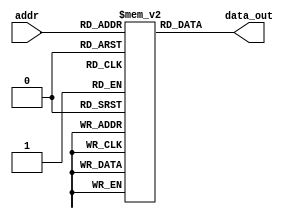

`timescale 1ns/1ns

module InstMem (
input [5:0] addr, 
output [31:0] data_out
    );
    reg [31:0] mem [0:63];
    assign data_out = mem[addr];
    
 initial begin
 
     mem[0]=32'b0000000_00000_00000_000_00000_0110011 ; //add x0, x0, x0
     //added to be skipped since PC starts with 4 after reset
     mem[1]=32'b000000000000_00000_010_00001_0000011 ; //lw x1, 0(x0)
     mem[2]=32'b000000000100_00000_010_00010_0000011 ; //lw x2, 4(x0)
     mem[3]=32'b000000001000_00000_010_00011_0000011 ; //lw x3, 8(x0)
     // mem[4]=32'b0000000_00010_00001_110_00100_0110011 ; //or x4, x1, x2
     mem[4]=32'b000000001001_00001_110_00100_0010011 ; //ori x4, x1, 9
     // mem[5]=32'b0_000000_00011_00100_000_0100_0_1100011; //beq x4, x3, 4
     // mem[5]=32'b0_000000_00010_00001_001_0100_0_1100011; //bne x1, x2, 4
     // mem[5]=32'b0_000000_00001_00010_100_0100_0_1100011; //blt x2, x1, 4
     // mem[5]=32'b0_000000_00010_00001_101_0100_0_1100011; //bge x1, x2, 4
     // mem[5]=32'b0_000000_00001_00010_110_0100_0_1100011; //bltu x2, x1, 4
     mem[5]=32'b0_000000_00010_00001_111_0100_0_1100011; //bgeu x1, x2, 4
     mem[6]=32'b0000000_00010_00001_100_00011_0110011 ; //add x3, x1, x2     
     // mem[7]=32'b0000000_00010_00011_000_00101_0110011 ; //add x5, x3, x2
     mem[7]=32'b000000001001_00011_000_00101_0010011 ; //addi x5, x3, 9
     mem[8]=32'b0000000_00101_00000_010_01100_0100011; //sw x5, 12(x0)
     mem[9]=32'b000000001100_00000_010_00110_0000011 ; //lw x6, 12(x0)
     // mem[10]=32'b0000000_00001_00110_111_00111_0110011 ; //and x7, x6, x1
     mem[10]=32'b000000111111_00110_111_00111_0010011 ; //andi x7, x6, 63
     mem[11]=32'b0100000_00010_00001_000_01000_0110011 ; //sub x8, x1, x2
     mem[12]=32'b0000000_00010_00001_000_00000_0110011 ; //add x0, x1, x2
     mem[13]=32'b0000000_00001_00000_000_01001_0110011 ; //add x9, x0, x1
     mem[14]=32'b000000000101_00010_100_01010_0010011 ; //xori x10, x2, 5
     mem[15]=32'b0000000_00001_00010_001_01011_0010011 ; //slli x11, x2, 1
     mem[16]=32'b0000000_00001_01011_101_01100_0010011 ; //srli x12, x11, 1
     mem[17]=32'b0100000_00001_01011_101_01101_0010011 ; //srai x13, x11, 1
     mem[18]=32'b000000000010_00000_000_01110_0010011 ; //addi x14, x0, 2
     mem[19]=32'b0000000_01110_00010_001_01111_0110011 ; //sll x15, x2, x14 
     mem[20]=32'b0000000_01110_01111_101_10000_0110011 ;  //srl x16, x15, x14
     mem[21]=32'b000000001010_00010_010_10001_0010011 ; //slti x17, x2, 10
     mem[22]=32'b0000000_00001_00010_010_10010_0110011 ; //slt x18, x2, x1
     mem[23]=32'b0000001_01001_01001_000_10011_0110011 ; //mul x19, x9, x9
     mem[24]=32'b111111111110_00000_000_10100_0010011 ; //addi x20, x0, -2
     mem[25]=32'b0000001_10100_00001_001_10101_0110011 ; //mulh x21, x1, x20
     mem[26]=32'b0000001_00001_10100_010_10110_0110011 ; //mulhsu x22, x1, x20
     mem[27]=32'b0000001_01110_01001_110_10111_0110011 ; //rem x23, x9, x14
     
     
    // mem[23]=32'b0_0000001010_0_00000000_10011_1101111 ; //jal x19, 20
    // mem[24]=32'b000000001000_10000_000_10100_1100111 ; //jalr x20, 0(x19)
     
     
     /*
     mem[0]=32'h00400093;      //addi x1,x0,4 #x1=4                        
     mem[1]=32'h00800113  ;    //addi x2,x0,8 #x2=8                        
     mem[2]=32'h00300193  ;    //addi x3,x0,3 #x2=3                        
     mem[3]=32'h21100213  ;    //addi x4,x0,529 #x4=529                     
     mem[4]=32'h0010a023  ;    //sw x1,0(x1) # mem(4)=4                    
     mem[5]=32'h00412023  ;    //sw x4,0(x2) # mem(8)=528                  
     mem[6]=32'h00410223  ;    //sb x4,4(x2) # mem(12)=528                  
     mem[7]=32'h001102a3  ;    //sb x1,5(x2) # mem(13)=4                    
     mem[8]=32'h00411423  ;    //sh x4,8(x2) # mem(13)=528                  
     mem[9]=32'h00111523  ;    //sh x1,10(x2) # mem(13)=100                 
     mem[10]=32'h00012503 ;    //lw x10,0(x2) # x10= 528                   
     mem[11]=32'h00510583 ;    //lb x11,5(x2) # x11= 4 
     mem[12]=32'b0000000_00010_01100_001_01010_0100011 ; // lh x12, 10(x2)
     */
     
end



endmodule